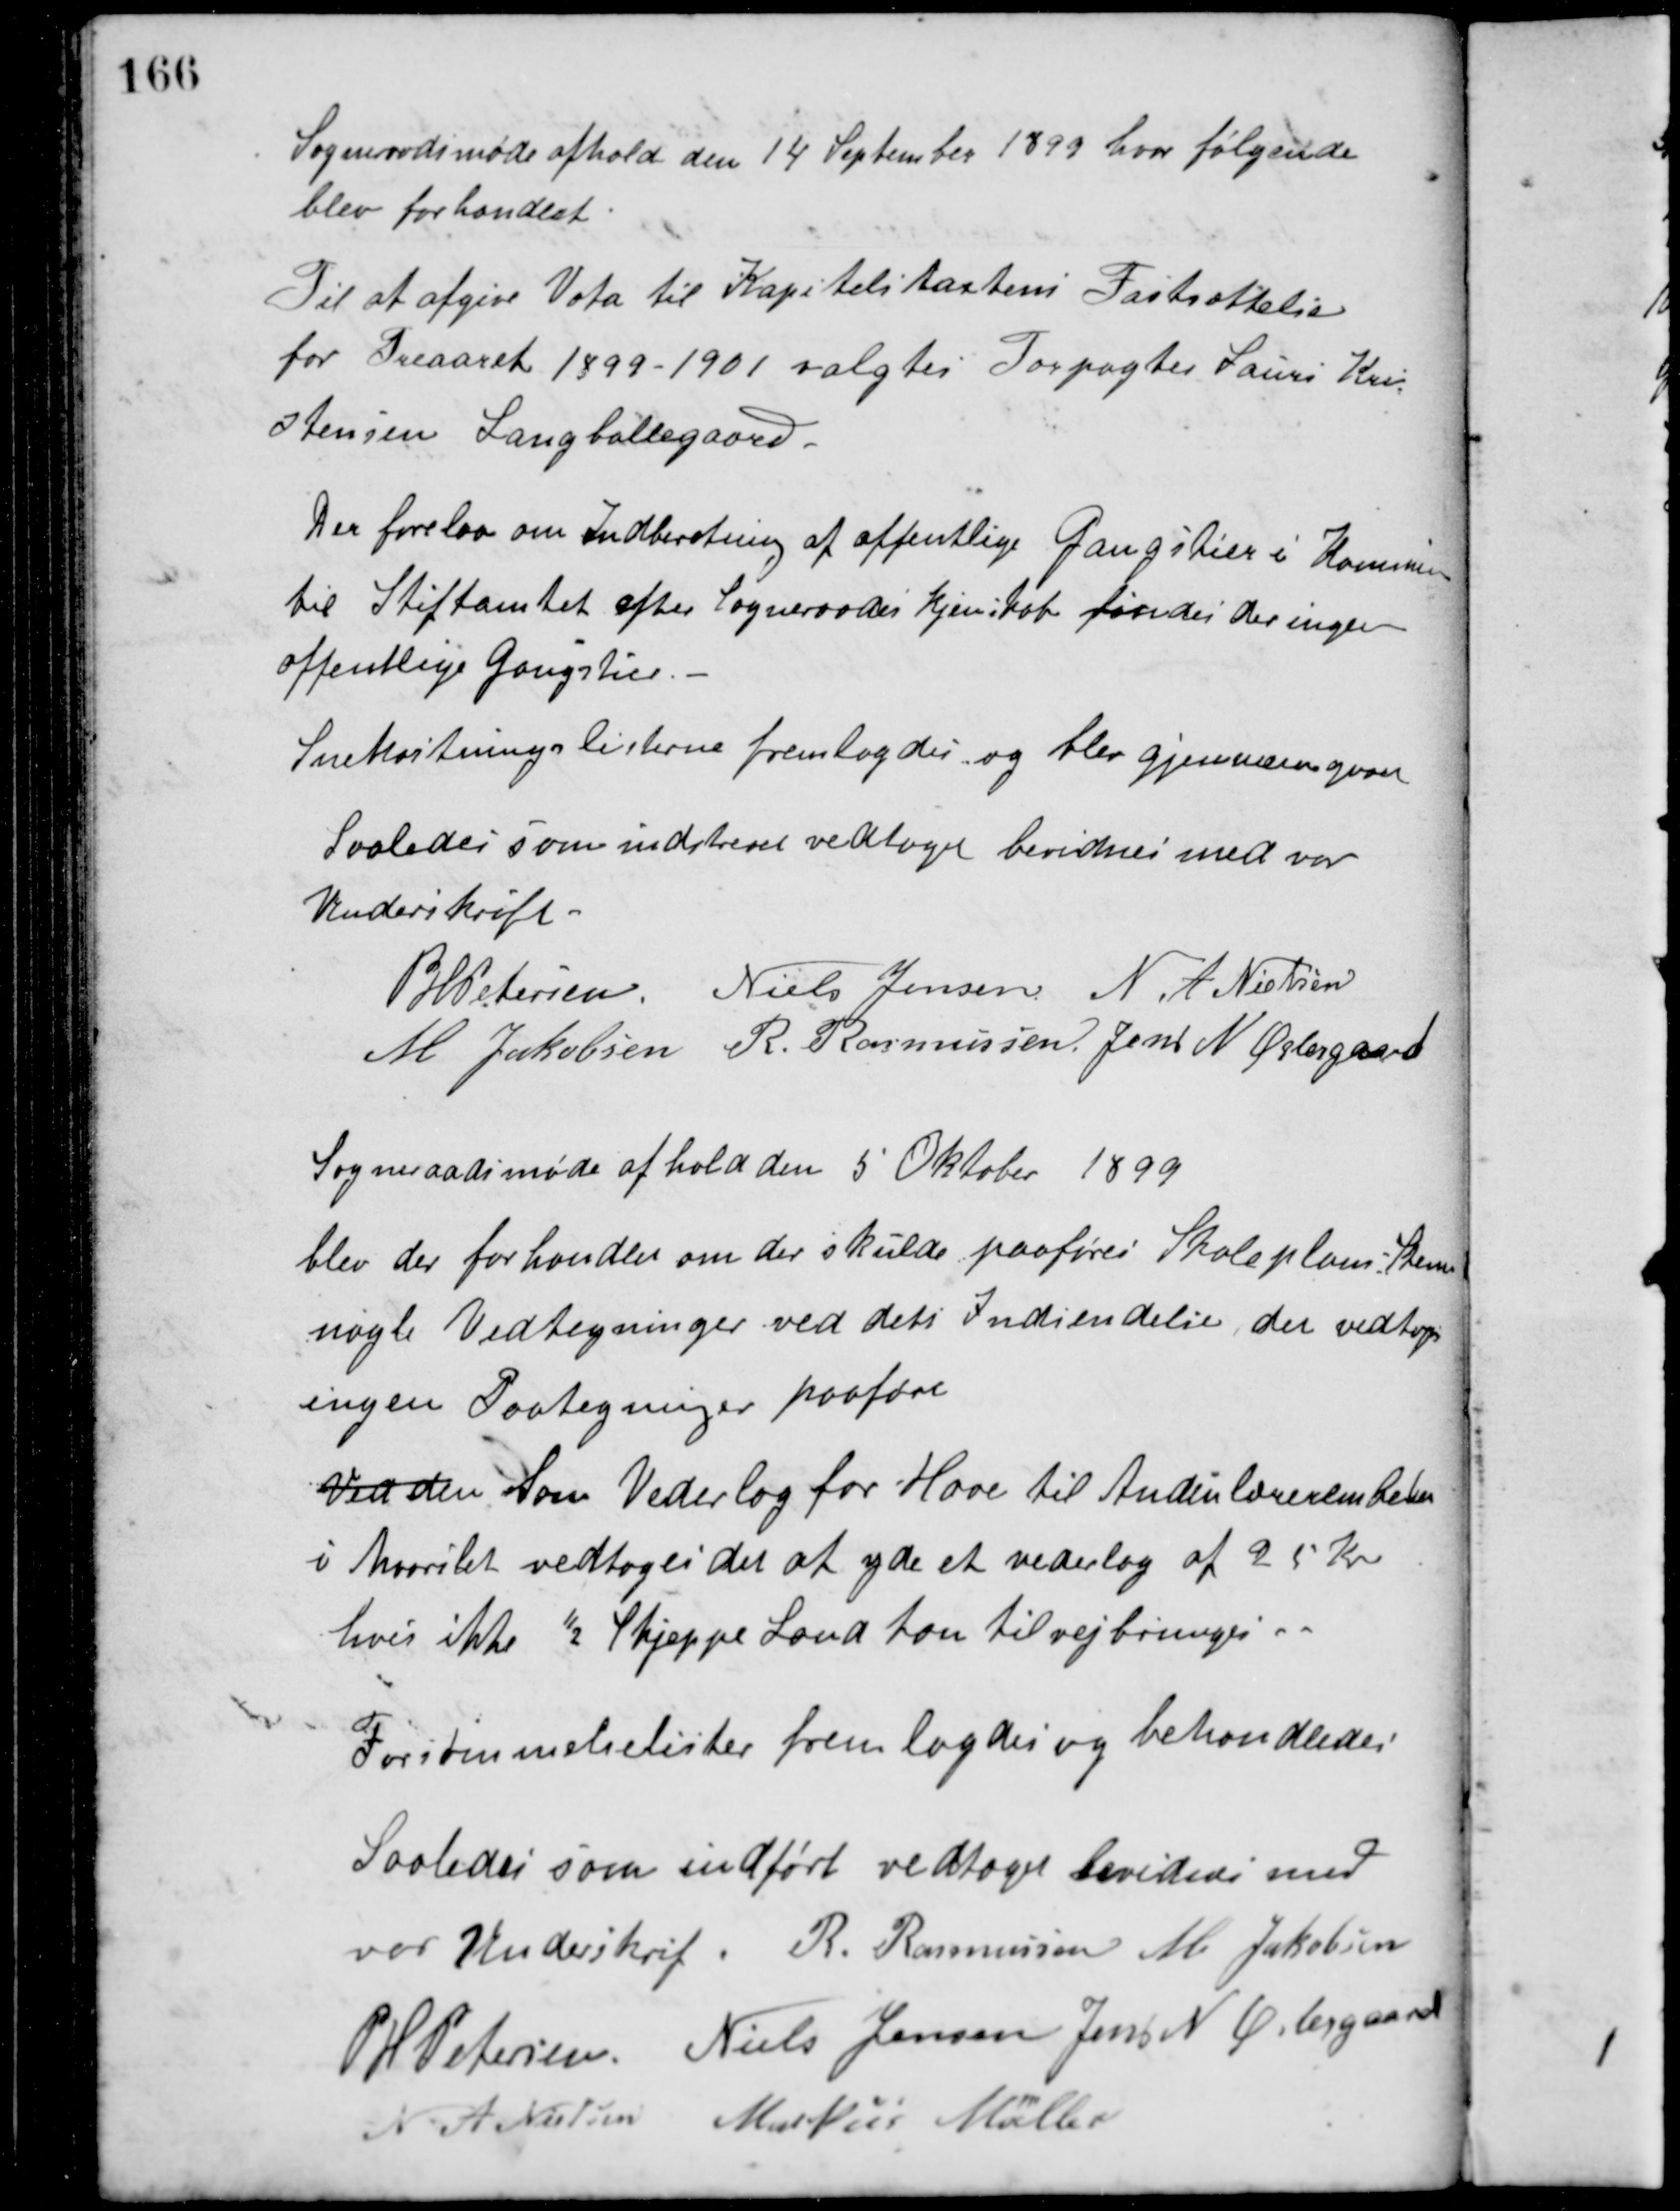
Transskription:
Sogneraadsmøde afhold den 14 September 1899 hvor følgende
blev forhandlet.
Til at afgive Vota til Kapitelstaxtens Fastsættelse
for Treaaret 1899-1901 valgtes Forpagter Laurs Kri-
stensen, Langballegaard.
Der forelaa om Indberetning af offentlige Gangstier i Kommunen
til Stiftamtet efter Sogneraadets Kjendskab fandes der ingen
offentlige Gangstier.
Snekastningslisterne fremlagdes og blev gjennemgaaet
Saaledes som indskrevet vedtaget bevidnes med vor
Underskrift.
P. H. Petersen Niels Jensen N. A. Nielsen
M. Jakobsen R. Rasmussen Jens N. Østergaard
Sogneraadsmøde afhold den 5 Oktober 1899
blev der forhandlet om der skulde paaføres Skoleplans Skemaet
nogle Vedtegninger ved dets Indsendelse, der vedtoges
ingen Paategninger paaført.
Ved den Som Vederlag for Have til Andenlærerembedet
i Maarslet vedtoges det at yde et vederlag af 25 Kr.
hvis ikke ½ Skjeppe Land kan tilvejbringes.
Forsømmelselister fremlagdes og behandledes
Saaledes som indført vedtaget bevidnes med
vor Underskrift. R. Rasmussen M. Jakobsen
P. H. Petersen Niels Jensen Jens N. Østergaard
N. A. Nielsen Markus Møller